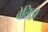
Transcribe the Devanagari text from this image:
वेलिझ